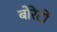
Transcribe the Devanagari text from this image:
बोरेटों